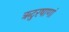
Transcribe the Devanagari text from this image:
ऋटुरषाणां